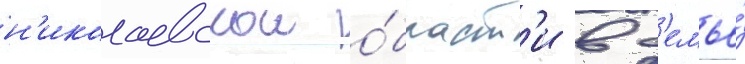
н'иколаевскои о́бласт'и в с'емье́